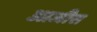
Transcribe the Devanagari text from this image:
आजीस